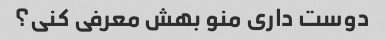
دوست داری منو بهش معرفی کنی؟